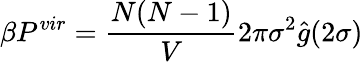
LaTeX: \beta P^{vir}=\frac{N(N-1)}{V}2\pi\sigma^{2}\hat{g}(2\sigma)